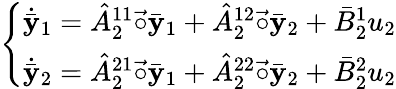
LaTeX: \left\{ \begin{array}{l}{\dot{\bar{\mathbf{y}}}_{1}=\hat{A}_{2}^{11}\vec{\circ}\bar{\mathbf{y}}_{1}+\hat{A}_{2}^{12}\vec{\circ}\bar{\mathbf{y}}_{2}+\bar{B}_{2}^{1}u_{2}}\\ {\dot{\bar{\mathbf{y}}}_{2}=\hat{A}_{2}^{21}\vec{\circ}\bar{\mathbf{y}}_{1}+\hat{A}_{2}^{22}\vec{\circ}\bar{\mathbf{y}}_{2}+\bar{B}_{2}^{2}u_{2}}\end{array}\right.